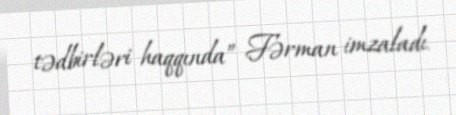
tədbirləri haqqında” Fərman imzaladı.